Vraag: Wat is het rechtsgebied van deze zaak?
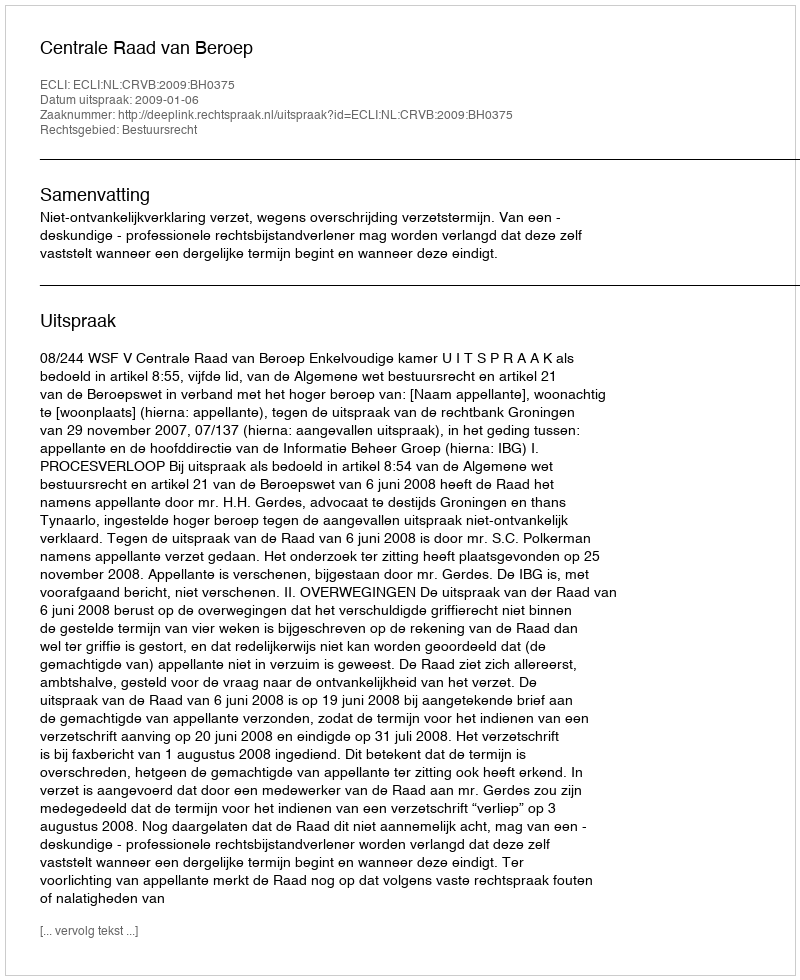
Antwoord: Bestuursrecht